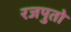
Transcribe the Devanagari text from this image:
रजपुतो